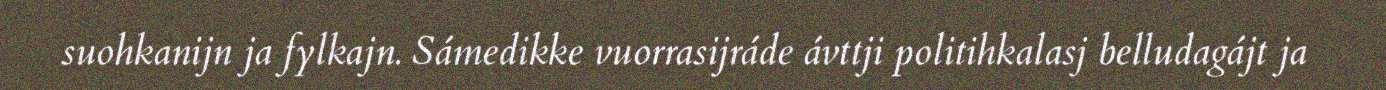
suohkanijn ja fylkajn. Sámedikke vuorrasijráde ávttji politihkalasj belludagájt ja